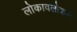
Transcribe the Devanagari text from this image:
लोकावलोकन